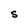
Character: S